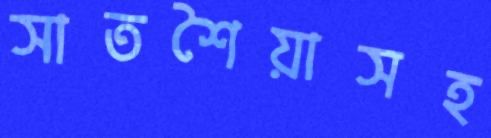
সাতশৈয়াসহ